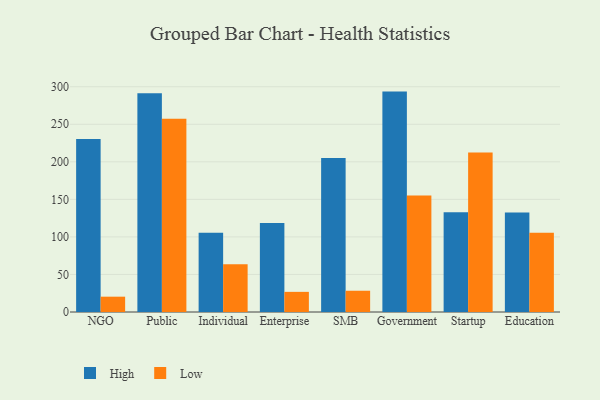
{"axis": {"x": "Segment", "y": "Demand Index"}, "legend": ["High", "Low"], "data": [{"x": "NGO", "y": 230.4, "type": "High"}, {"x": "NGO", "y": 20.4, "type": "Low"}, {"x": "Public", "y": 291.3, "type": "High"}, {"x": "Public", "y": 257.5, "type": "Low"}, {"x": "Individual", "y": 105.7, "type": "High"}, {"x": "Individual", "y": 63.6, "type": "Low"}, {"x": "Enterprise", "y": 118.6, "type": "High"}, {"x": "Enterprise", "y": 26.8, "type": "Low"}, {"x": "SMB", "y": 205.1, "type": "High"}, {"x": "SMB", "y": 28.3, "type": "Low"}, {"x": "Government", "y": 293.5, "type": "High"}, {"x": "Government", "y": 155.2, "type": "Low"}, {"x": "Startup", "y": 133.0, "type": "High"}, {"x": "Startup", "y": 212.3, "type": "Low"}, {"x": "Education", "y": 132.6, "type": "High"}, {"x": "Education", "y": 105.4, "type": "Low"}]}